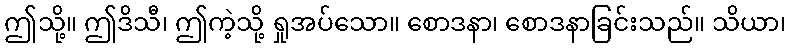
ဤသို့။ ဤဒိသီ၊ ဤကဲ့သို့ ရှုအပ်သော။ စောဒနာ၊ စောဒနာခြင်းသည်။ သိယာ၊